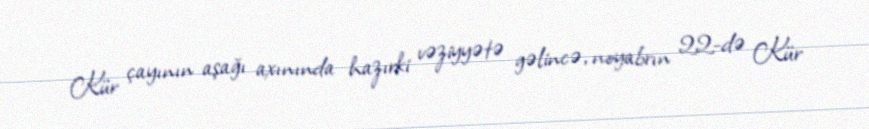
Kür çayının aşağı axınında hazırki vəziyyətə gəlincə, noyabrın 22-də Kür